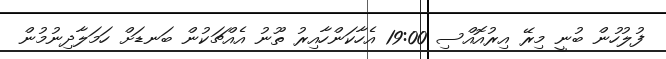
ފުލުހުން ބުނީ މިރޭ އިރުއޮއްސި 19:00 އެހާކަންހާއިރު ތޫނު އެއްޗަކުން ބަނޑަށް ހަމަލާދިނުމުން